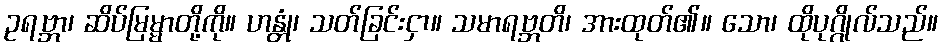
ဥရဗ္ဘာ၊ ဆိပ်မြမ္မာတို့ကို။ ဟန္တုံ၊ သတ်ခြင်းငှာ။ သမာရဗ္ဘတိ၊ အားထုတ်၏။ သော၊ ထိုပုဂ္ဂိုလ်သည်။